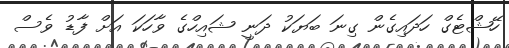
ހޭޝްޓެގް ހަދައިގެން ގިނަ ބަޔަކު ދަނީ ޝައިހްގެ ވާހަކަ އަށް ފާޑު ވެސް